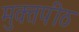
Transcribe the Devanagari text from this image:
मुक्‍तपीठ